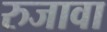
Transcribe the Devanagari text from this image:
रुजावा